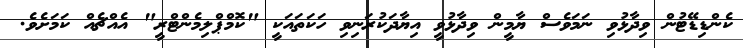
ކެންޑިޑޭޓުން ވިދާޅުވި ނަމަވެސް ޔާމީން ވިދާޅުވީ އިޔާދަކުރަނިވި ހަކަތައަކީ "ކޮމްޕްލިމެންޓްރީ" އެއްޗެއް ކަމަށެވެ.